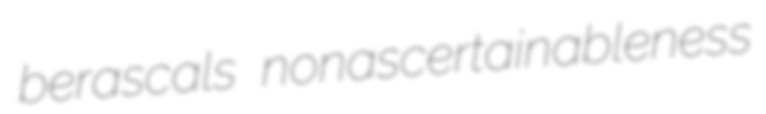
berascals nonascertainableness